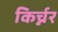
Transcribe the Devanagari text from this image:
किर्च्नर